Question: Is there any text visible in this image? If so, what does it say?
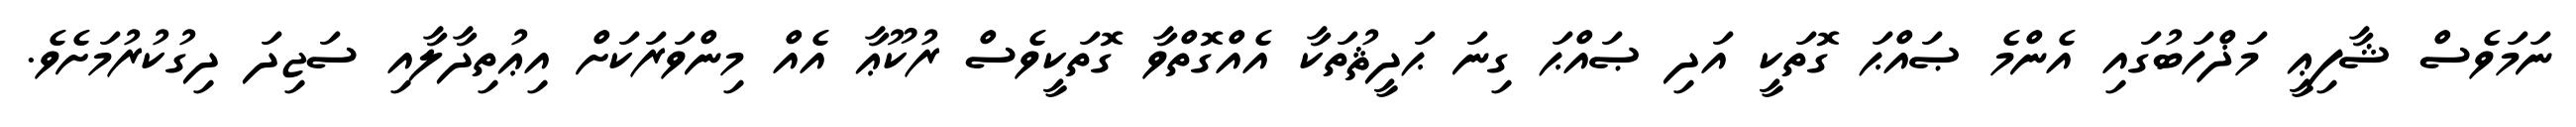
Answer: ނަމަވެސް ޝާފިޢީ މަޛްހަބުގައި އެންމެ ޞައްޙަ ގޮތަކީ އަދި ޞައްޙަ ގިނަ ޙަދީޘުތަކާ އެއްގޮތްވާ ގޮތަކީވެސް ރުކޫޢާ އެއް މިންވަރަކަށް އިޢުތިދާލާއި ސަޖިދަ ދިގުކުރުމަށެވެ.